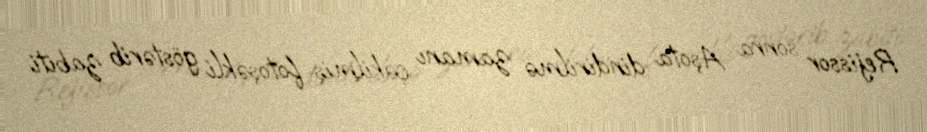
Rejissor sonra Aşota dindirilmə zamanı çəkilmiş fotoşəkli göstərib zabiti